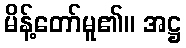
မိန့်တော်မူ၏။ အဋ္ဌ